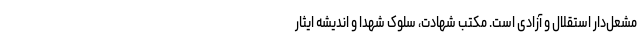
مشعل‌دار استقلال و آزادی است. مکتب شهادت، سلوک شهدا و اندیشه ایثار